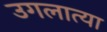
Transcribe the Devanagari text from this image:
उगलात्या